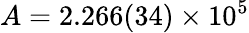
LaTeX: A=2.266(34)\times 10^{5}